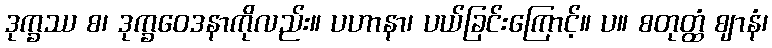
ဒုက္ခဿ စ၊ ဒုက္ခဝေဒနာကိုလည်း။ ပဟာနာ၊ ပယ်ခြင်းကြောင့်။ ပ။ စတုတ္ထံ ဈာနံ၊